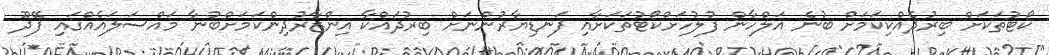
ކޯޓުތަކަށް ބިރުދެއްކިކަމަށް ބުނެ އަލްހާން ފުލުހަށްކޯޓުތަކަށާއި ފަނޑިޔާރުންނަށް ބިރުދައްކާ އިންޒާރުދިންކަމަށްބުނާ މައްސަލައެއްގައި ފޭދޫ